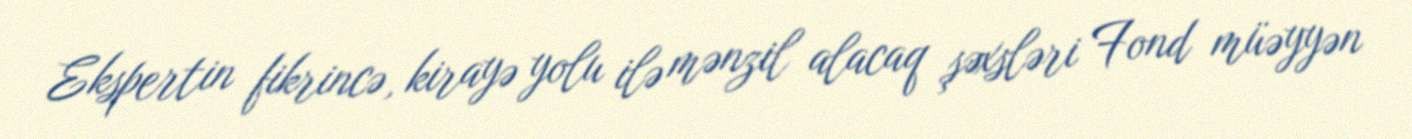
Ekspertin fikrincə, kirayə yolu ilə mənzil alacaq şəxsləri Fond müəyyən